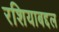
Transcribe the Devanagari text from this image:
रशियाबद्दल